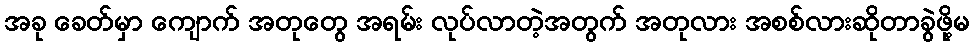
အခု ခေတ်မှာ ကျောက် အတုတွေ အရမ်း လုပ်လာတဲ့အတွက် အတုလား အစစ်လားဆိုတာခွဲဖို့မ